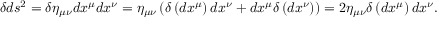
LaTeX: \delta d s ^ { 2 } = \delta \eta _ { \mu \nu } d x ^ { \mu } d x ^ { \nu } = \eta _ { \mu \nu } \left( \delta \left( d x ^ { \mu } \right) d x ^ { \nu } + d x ^ { \mu } \delta \left( d x ^ { \nu } \right) \right) = 2 \eta _ { \mu \nu } \delta \left( d x ^ { \mu } \right) d x ^ { \nu } .